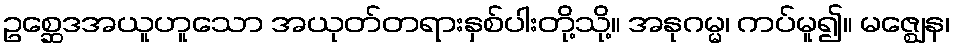
ဥစ္ဆေဒအယူဟူသော အယုတ်တရားနှစ်ပါးတို့သို့။ အနုဂမ္မ၊ ကပ်မူ၍။ မဇ္ဈေန၊